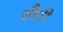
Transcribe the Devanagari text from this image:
खैदी